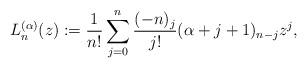
LaTeX: \begin{align*}L_n^{(\alpha)}(z) := \frac{1}{n!}\sum_{j=0}^n\frac{(-n)_j}{j!}(\alpha+j+1)_{n-j}z^j, \end{align*}